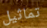
تماثيل